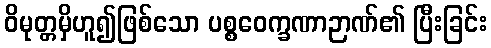
ဝိမုတ္တမှိဟူ၍ဖြစ်သော ပစ္စဝေက္ခဏာဉာဏ်၏ ပြီးခြင်း